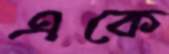
একে